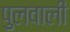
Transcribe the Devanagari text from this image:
पुलवाली